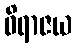
ဝိရာဇယ